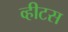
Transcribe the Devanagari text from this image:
व्हीटस